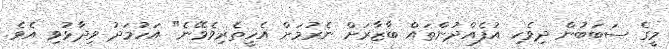
މީގެ ސަބަބުން ދިވެހި އުފެއްދުންތައް ބާޒާރަށް ނެރުމަށް އެހީތެރިވެވޭނެ" އަހުމަދު ވިދާޅުވި އެވެ.